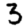
Digit: 3